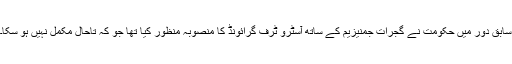
سابق دور میں حکومت نے گجرات جمنیزیم کے ساتھ آسٹرو ٹرف گرائونڈ کا منصوبہ منظور کیا تھا جو کہ تاحال مکمل نہیں ہو سکا۔